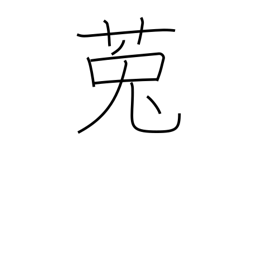
Meaning: dodder (plant)